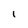
Character: 1